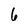
Character: 6